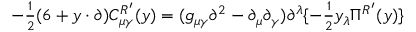
- { \textstyle \frac { 1 } { 2 } } ( 6 + y \cdot \partial ) C _ { \mu \gamma } ^ { R ^ { \prime } } ( y ) = ( g _ { \mu \gamma } \partial ^ { 2 } - \partial _ { \mu } \partial _ { \gamma } ) \partial ^ { \lambda } \{ - { \textstyle \frac { 1 } { 2 } } y _ { \lambda } \Pi ^ { R ^ { \prime } } ( y ) \}